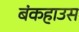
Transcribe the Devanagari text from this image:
बंकहाउस